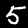
Label: 5